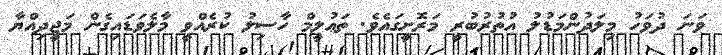
ވަނަ ދުވަހު މިލަދުންމަޑުލު އުތުރުބުރީ މަރޮށީގައެވެ. ތަޢުލީމް ހާސިލު ކުރެއްވީ މާލެވަޑައިގެން މަޖީދިއްޔާ